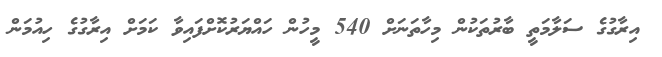
އިރާގުގެ ސަލާމަތީ ބާރުތަކުން މިހާތަނަށް 540 މީހުން ހައްޔަރުކޮށްފައިވާ ކަމަށް އިރާގުގެ ހިއުމަން